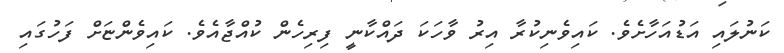
ކަނުލައި އަޑުއަހާށެވެ. ކައިވެނިކުރާ އިރު ވާހަކަ ދައްކާނީ ފިރިހެން ކުއްޖާއެވެ. ކައިވެންޏަށް ފަހުގައި